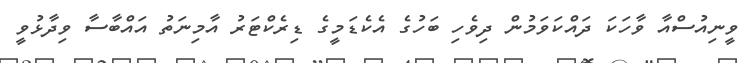
ވީނިއުސްއާ ވާހަކަ ދައްކަވަމުން ދިވެހި ބަހުގެ އެކެޑަމީގެ ޑިރެކްޓަރު އާމިނަތު އައްބާސާ ވިދާޅުވީ